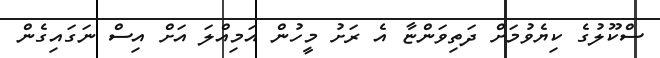
ސްކޫލުގެ ކިޔެވުމަށް ދަތިވަންޏާ އެ ރަށު މީހުން އަމިއްލަ އަށް އިސް ނަގައިގެން